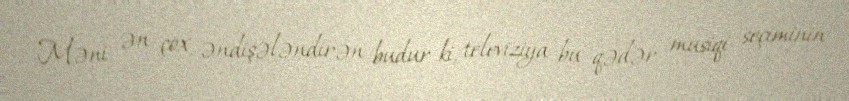
Məni ən çox əndişələndirən budur ki, televiziya bu qədər musiqi seçiminin